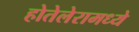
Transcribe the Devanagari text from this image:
होतेलेरामध्ये